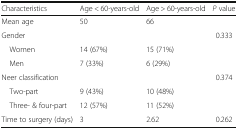
<table><thead><tr><td><b>Characteristics</b></td><td><b>Age &lt; 60-years-old</b></td><td><b>Age &gt; 60-years-old</b></td><td><b><i>P</i> value</b></td></tr></thead><tbody><tr><td>Mean age</td><td>50</td><td>66</td><td></td></tr><tr><td>Gender</td><td></td><td></td><td>0.333</td></tr><tr><td> Women</td><td>14 (67%)</td><td>15 (71%)</td><td></td></tr><tr><td> Men</td><td>7 (33%)</td><td>6 (29%)</td><td></td></tr><tr><td>Neer classification</td><td></td><td></td><td>0.374</td></tr><tr><td> Two-part</td><td>9 (43%)</td><td>10 (48%)</td><td></td></tr><tr><td> Three- &amp; four-part</td><td>12 (57%)</td><td>11 (52%)</td><td></td></tr><tr><td>Time to surgery (days)</td><td>3</td><td>2.62</td><td>0.262</td></tr></tbody></table>